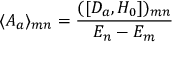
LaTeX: \langle { \cal A } _ { a } \rangle _ { m n } = { \frac { ( [ { \cal D } _ { a } , H _ { 0 } ] ) _ { m n } } { E _ { n } - E _ { m } } }